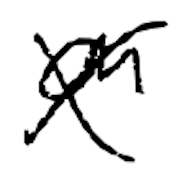
Text: an
Cross-out: mix
Writing tool: digital_black